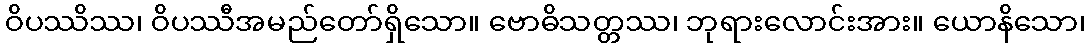
ဝိပဿိဿ၊ ဝိပဿီအမည်တော်ရှိသော။ ဗောဓိသတ္တဿ၊ ဘုရားလောင်းအား။ ယောနိသော၊